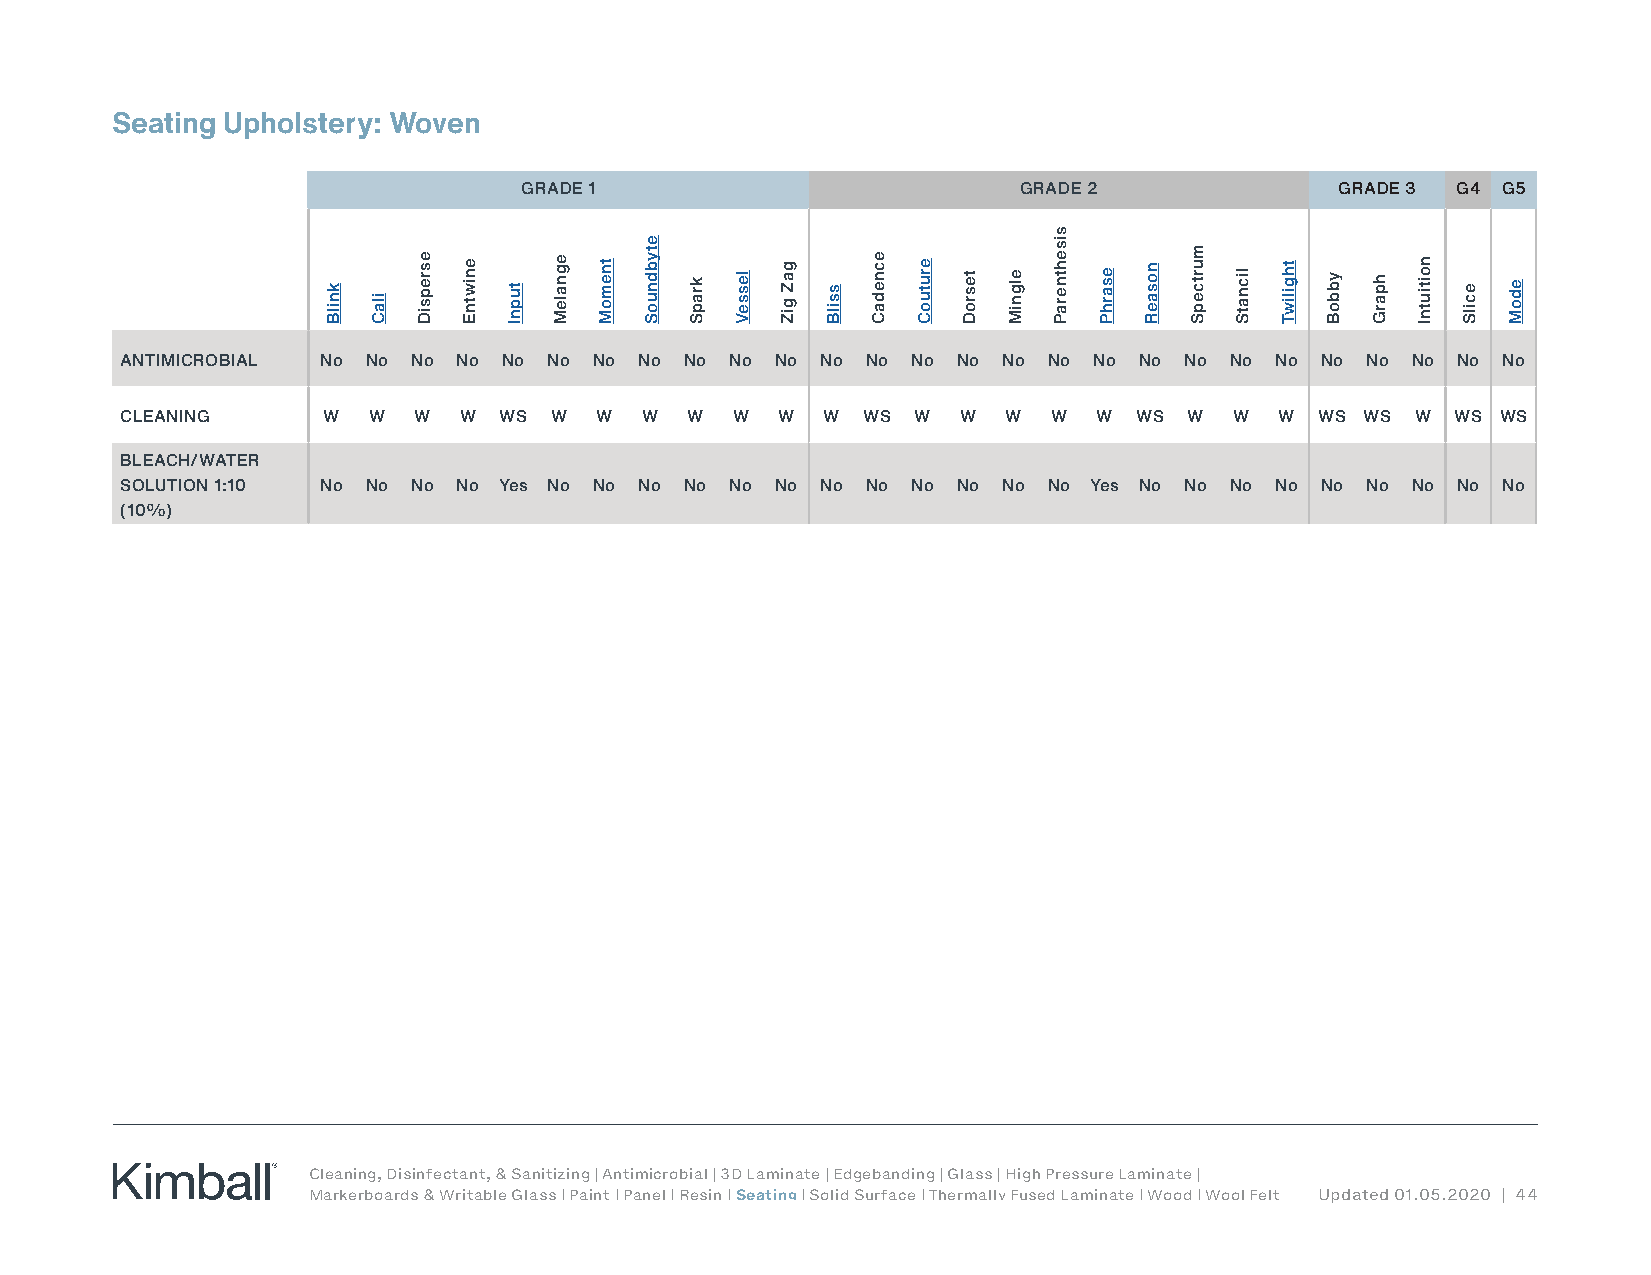
Seating Upholstery: Woven
 GRADE 1                          GRADE 2               GRADE 3 G4 G5
 ANTIMICROBIAL No No No No No No No No No No No No No No No No No No No No No No No No No No No
 CLEANING     W  W  W  W  WS W  W  W  W  W  W  W  WS  W  W  W  W  W WS  W  W  W WS WS  W WS WS
 BLEACH/WATER
 SOLUTION 1:10 No No No No Yes No No No No No No No No No No No No Yes No No No No No No No No No
 (10%)
 Cleaning, Disinfectant, & Sanitizing | Antimicrobial | 3D Laminate | Edgebanding | Glass | High Pressure Laminate |
 Markerboards & Writable Glass | Paint | Panel | Resin | Seating | Solid Surface | Thermally Fused Laminate | Wood | Wool Felt Updated 01.05.2020 | 44
 knilB
 ilaC
 esrepsiD eniwtnE tupnI egnaleM tnemoM
 etybdnuoS
 krapS lesseV gaZ
 giZ
 ssilB ecnedaC erutuoC tesroD elgniM
 sisehtneraP
 esarhP nosaeR
 murtcepS
 licnatS thgiliwT ybboB hparG noitiutnI ecilS edoM